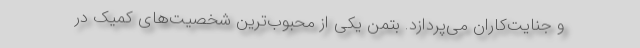
و جنایت‌کاران می‌پردازد. بتمن یکی از محبوب‌ترین شخصیت‌های کمیک در